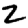
Digit: 2